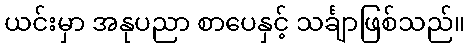
ယင်းမှာ အနုပညာ စာပေနှင့် သင်္ချာဖြစ်သည်။